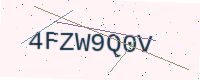
Text: 4FZW9Q0V